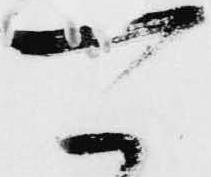
可